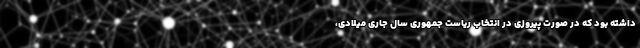
داشته بود که در صورت پیروزی در انتخاب ریاست جمهوری سال جاری میلادی،